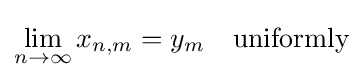
\lim _{n\to \infty }x_{n,m}=y_{m}\quad {\text{uniformly}}